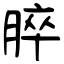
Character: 脺